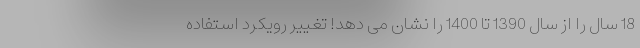
18 سال را از سال 1390 تا 1400 را نشان می ‌دهد! تغییر رویکرد استفاده